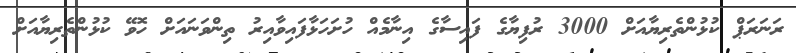
ރަނަރަޕް ކުޅުންތެރިޔާއަށް 3000 ރުފިިޔާގެ ފައިސާގެ އިނާމެއް ހުށަހަޅާފައިވާއިރު ތިންވަނައަށް ހޮވޭ ކުޅުންތެރިޔާއަށް